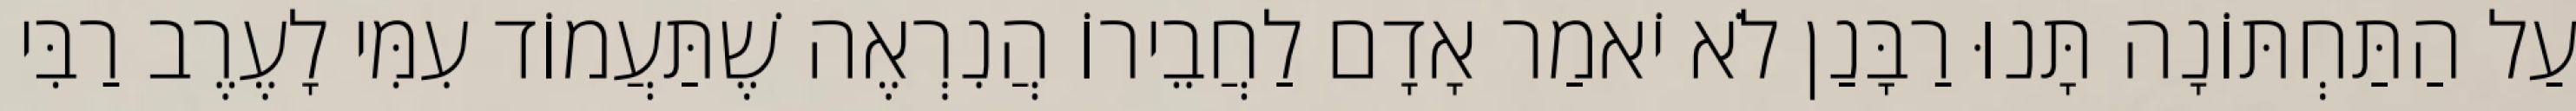
עַל הַתַּחְתּוֹנָה תָּנוּ רַבָּנַן לֹא יֹאמַר אָדָם לַחֲבֵירוֹ הֲנִרְאֶה שֶׁתַּעֲמוֹד עִמִּי לָעֶרֶב רַבִּי